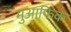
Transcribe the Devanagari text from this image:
मुआफिक